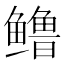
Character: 𬶳